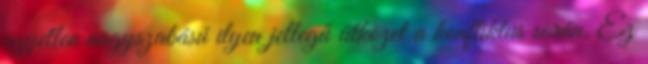
egyetlen nagyszabású ilyen jellegű ütközet a konfliktus során. Ez